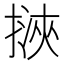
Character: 𢲯